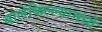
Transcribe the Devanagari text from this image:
बालेकिल्ल्यामध्ये